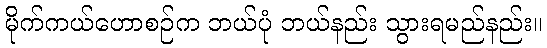
မိုက်ကယ်ဟောစဉ်က ဘယ်ပုံ ဘယ်နည်း သွားရမည်နည်း။